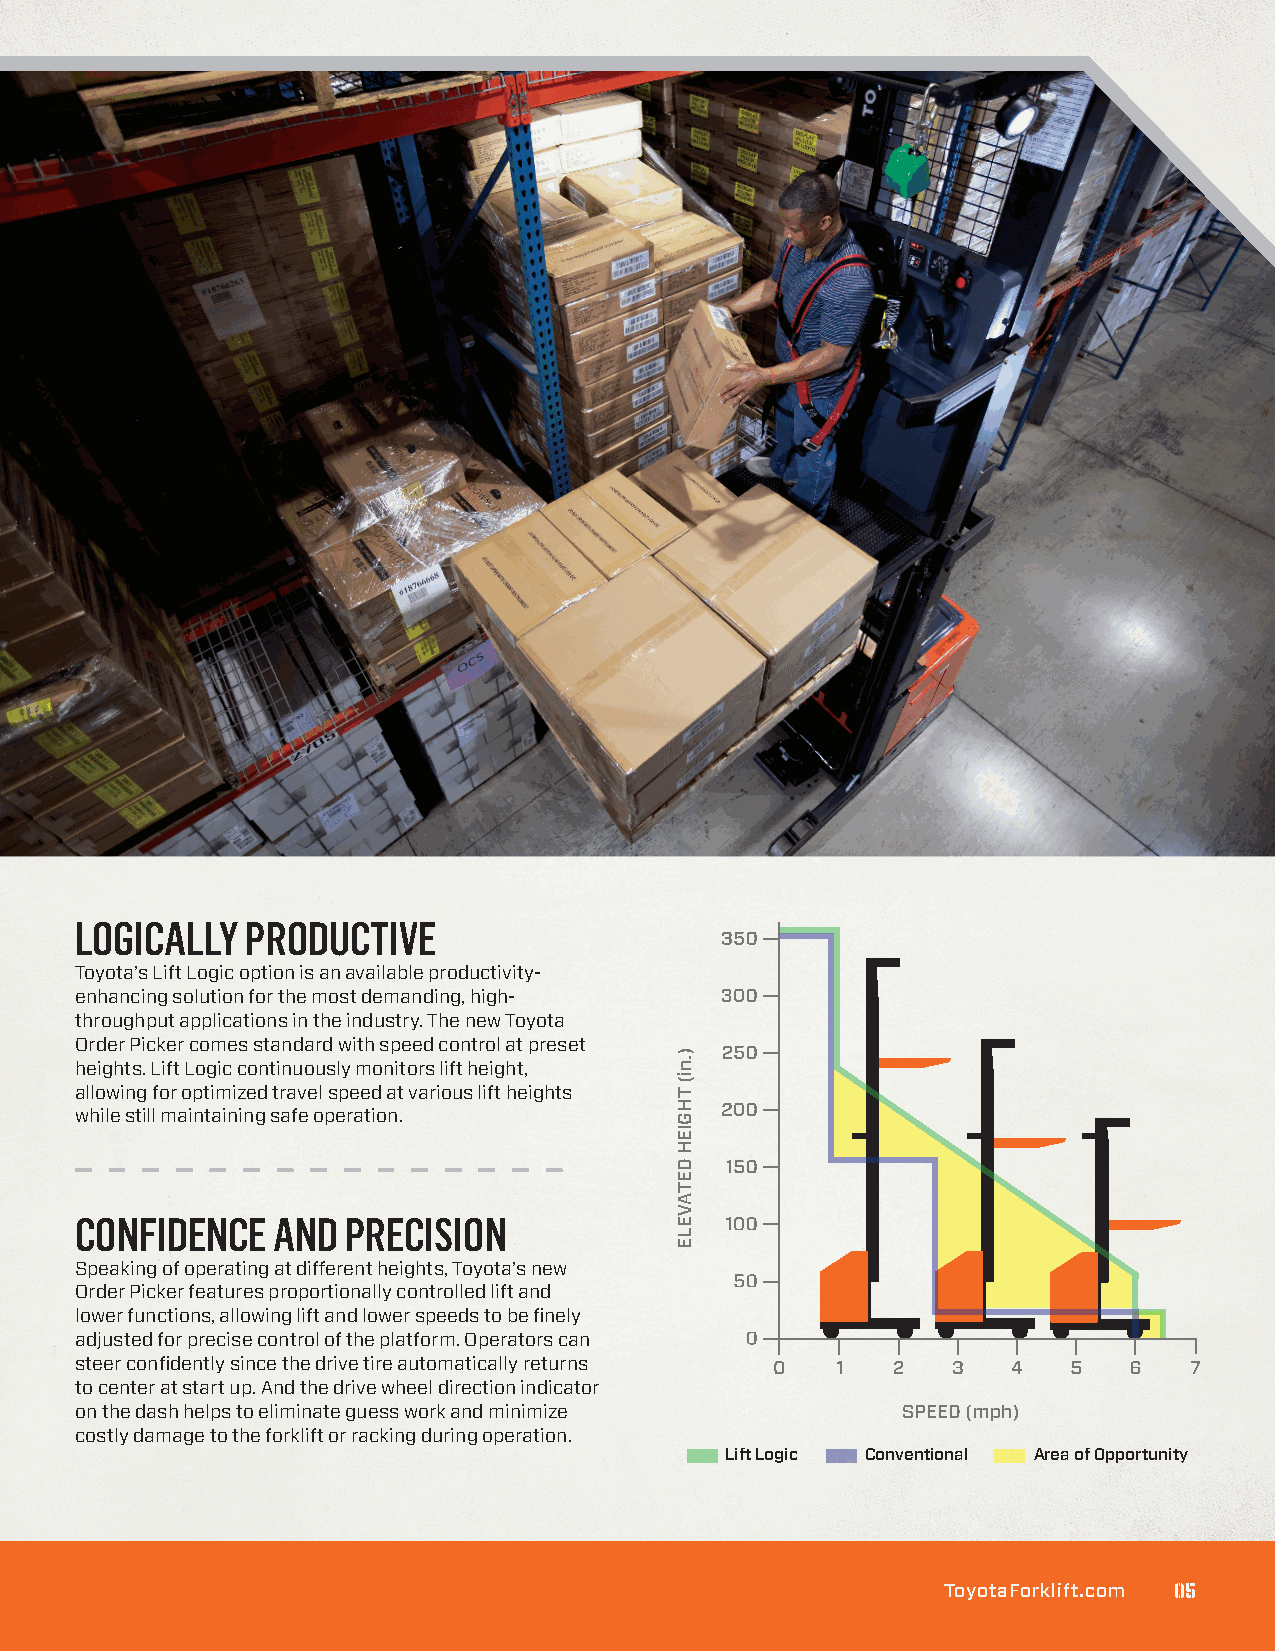
LOGICALLY  PRODUCTIVE
 Toyota’s Lift Logic option is an available productivity-
 enhancing solution for the most demanding, high-
 throughput applications in the industry. The new Toyota
 Order Picker comes standard with speed control at preset
 heights. Lift Logic continuously monitors lift height,
 allowing for optimized travel speed at various lift heights
 while still maintaining safe operation.
 CONFIDENCE   AND  PRECISION
 Speaking of operating at different heights, Toyota’s new
 Order Picker features proportionally controlled lift and
 lower functions, allowing lift and lower speeds to be finely
 adjusted for precise control of the platform. Operators can
 steer confidently since the drive tire automatically returns
 to center at start up. And the drive wheel direction indicator
 on the dash helps to eliminate guess work and minimize SPEED (mph)
 costly damage to the forklift or racking during operation.
 Lift Logic Conventional Area of Opportunity
 TTooyyoottaaFFoorrkklliifftt..ccoomm 0055
 ).ni(
 THGIEH
 DETAVELE